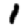
Digit: 1